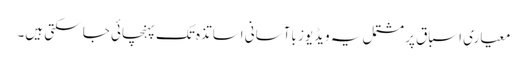
معیاری اسباق پر مشتمل یہ ویڈیوز باآسانی اساتذہ تک پہنچائی جا سکتی ہیں۔